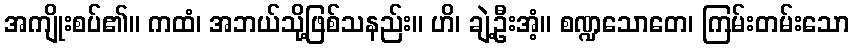
အကျိုးစပ်၏။ ကထံ၊ အဘယ်သို့ဖြစ်သနည်း။ ဟိ၊ ချဲ့ဦးအံ့။ စဏ္ဍသောတေ၊ ကြမ်းတမ်းသော